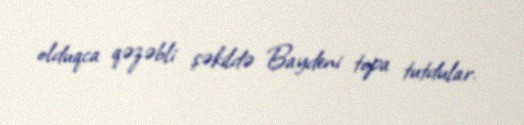
olduqca qəzəbli şəkildə Baydeni topa tutdular.